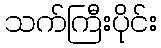
သက်ကြီးပိုင်း